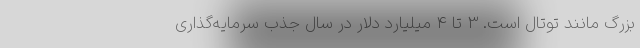
بزرگ مانند توتال است. 3 تا 4 میلیارد دلار در سال جذب سرمایه‌گذاری